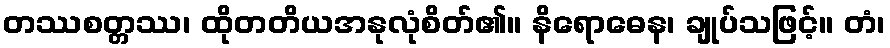
တဿစတ္တဿ၊ ထိုတတိယအနုလုံစိတ်၏။ နိရောဓေန၊ ချုပ်သဖြင့်။ တံ၊